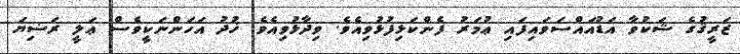
ޒަރީޤުގެ ޝަކުވާ އަޑުއައްސަވައިފައި ޢުމަރު ފެންކަޅިފުޅުވިއެވެ. ވިދާޅުވިއެވެ. ޚުދު އަހަންނަކީވެސް ޢަލީ ރަޟިޔަ